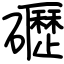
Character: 礰